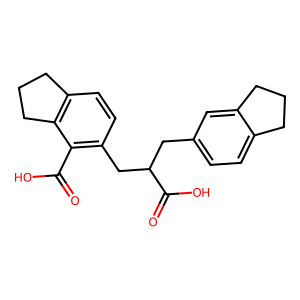
SMILES: O=C(O)c1c(CC(Cc2ccc3c(c2)CCC3)C(=O)O)ccc2c1CCC2
Inhibits HIV replication: No